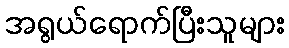
အရွယ်ရောက်ပြီးသူများ